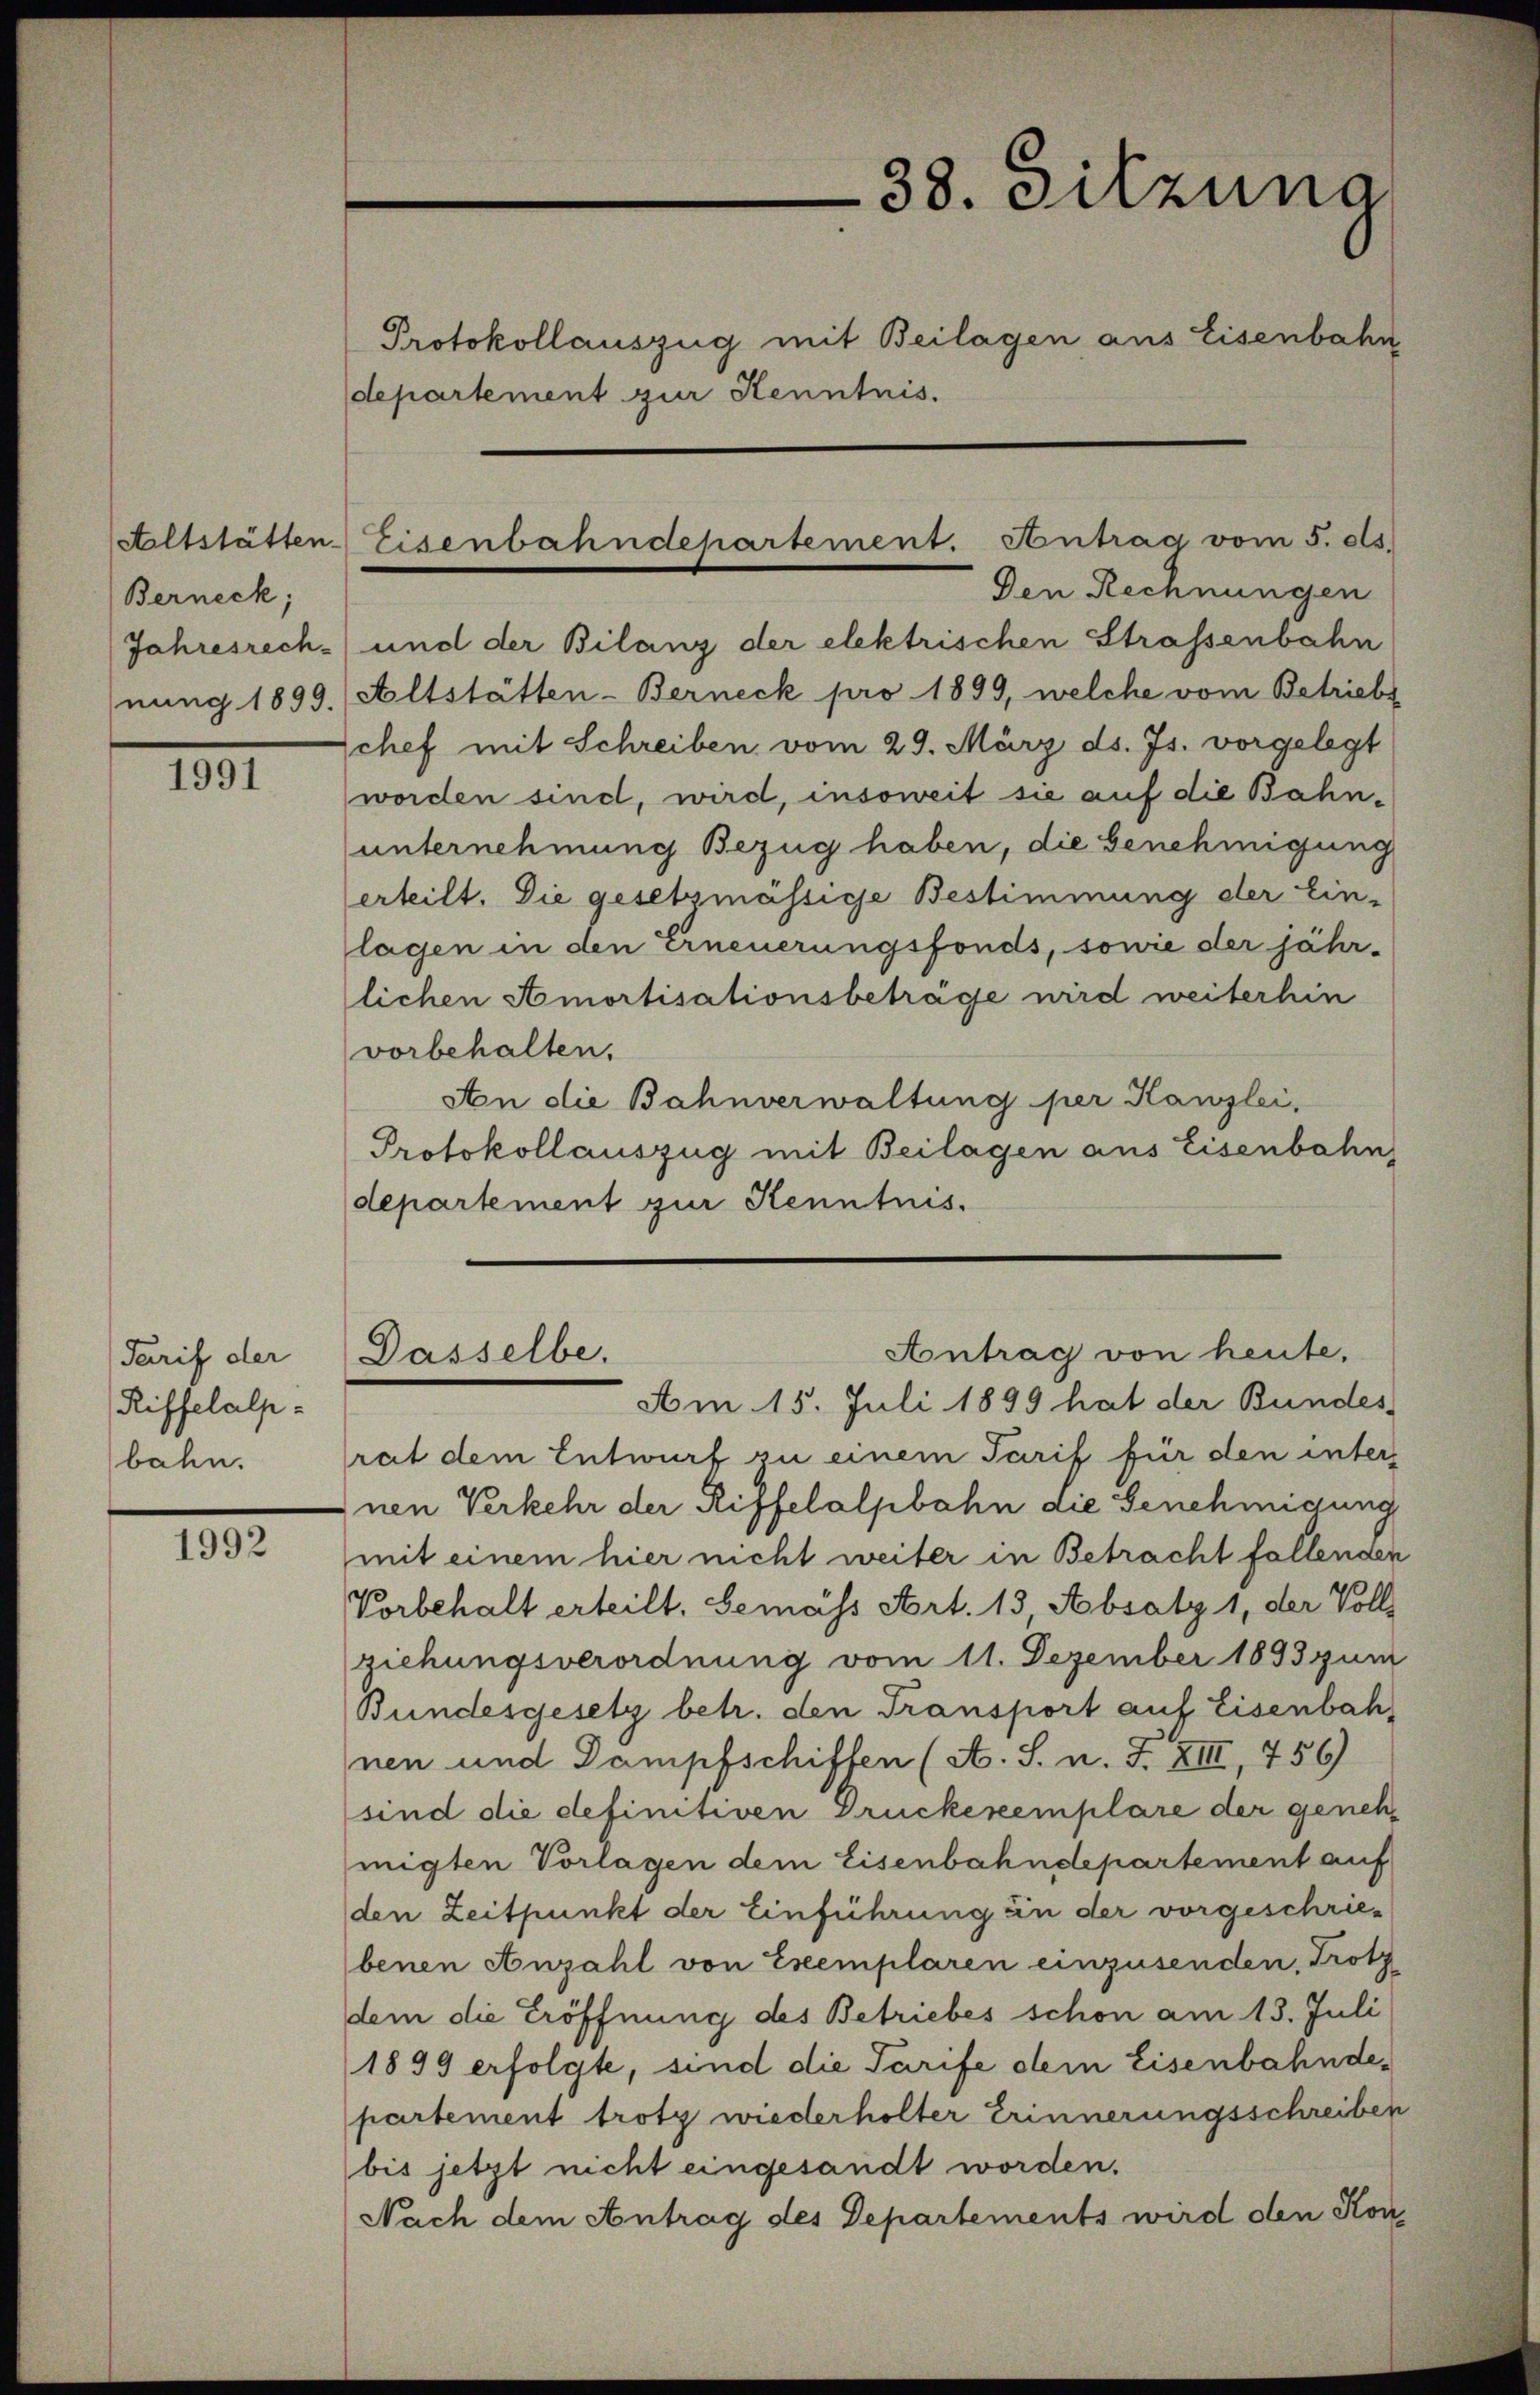
Berneck,

1891

Tarif der
Riffelalp.
bahn.

1992

departement zur Kenntnis.

38. Sitzung
Protokollauszug mit Beilagen aus Eisenbahn

Jahresrech- und der Bilanz der elektrischen Strassenbahn
nung 1899. (Altstätten-Berneck pro 1899, welche vom Betriebe
Schef mit Schreiben vom 29. März ds. Js. vorgelegt
worden sind, wird, insoweit sie auf die Bahnunternehmung Bezug haben, die Benehmigung
erteilt. Die gesetzmässige Bestimmung der Ein-
lagen in den Erneuerungsfonds, sowie der jähr-
lichen Amortisationsbeträge wird weiterhin
vorbehalten.
An die Bahnverwaltung per Kanzlei,
Protokollauszug mit Beilagen aus Eisenbahn,
departement zur Kenntnis.

Altstätten Eisenbahndepartement. Antrag vom 5. ds.
Den Rechnungen

Antrag von heute.
Dasselbe.

Am 15. Juli 1899 hat der Bundes
rat dem Entwurf zu einem Tarif für den inters
Inen Verkehr der Riffelalpbahn die Genehmigung
mit einem hier nicht weiter in Betracht fallenden
Vorbehalt erteilt. Gemäss Art. 13, Absatz 1, der Voll-
ziehungsverordnung vom 11. Dezember 1893 zum
Bundesgesetz betr. den Transport auf Eisenbahnen und Dampfschiffen (S. S. n. F. XIII, 756)
sind die definitiven Druckexemplare der genehmigten Vorlagen dem Eisenbahndepartement auf
den Zeitpunkt der Einführung in der vorgeschriebenen Anzahl von Eseemplaren einzusenden, Trotz
dem die Eröffnung des Betriebes schon am 13. Juli
1899 erfolgte, sind die Tarife dem Eisenbahndepartement trotz wiederholter Erinnerungsschreiben
bis jetzt nicht eingesandt worden.
Nach dem Antrag des Departements wird den Kon¬